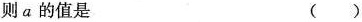
则a的值是 ()